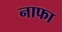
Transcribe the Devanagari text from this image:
नाफा